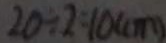
2 0 \div 2 = 1 0 ( c m )